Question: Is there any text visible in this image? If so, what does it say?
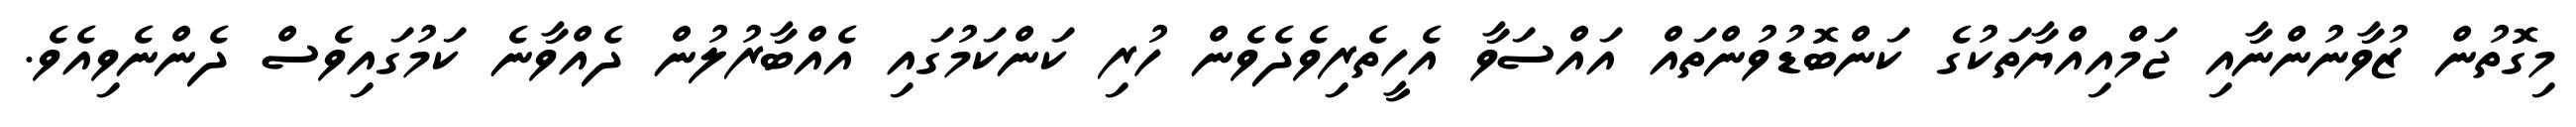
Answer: މިގޮތުން ޒުވާނުންނާއި ޖަމްއިއްޔާތަކުގެ ކަންބޮޑުވުންތައް އައްސަވާ އެހީތެރިވެދެވެން ހުރި ކަންކަމުގައި އެއްބާރުލުން ދެއްވާނެ ކަމުގައިވެސް ދެންނެވިއެވެ.